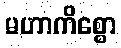
မဟာကိစ္စော